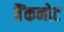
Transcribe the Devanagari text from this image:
वैंकनोट